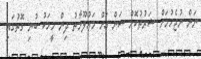
ނަން ނުޖެހުމަށް ޝަރުތުކޮށް ސަން އަށް މަޢުލޫމާތު ދިން މީހަކު ބުނި ގޮތުގައި